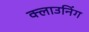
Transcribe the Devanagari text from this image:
क्लाउनिंग